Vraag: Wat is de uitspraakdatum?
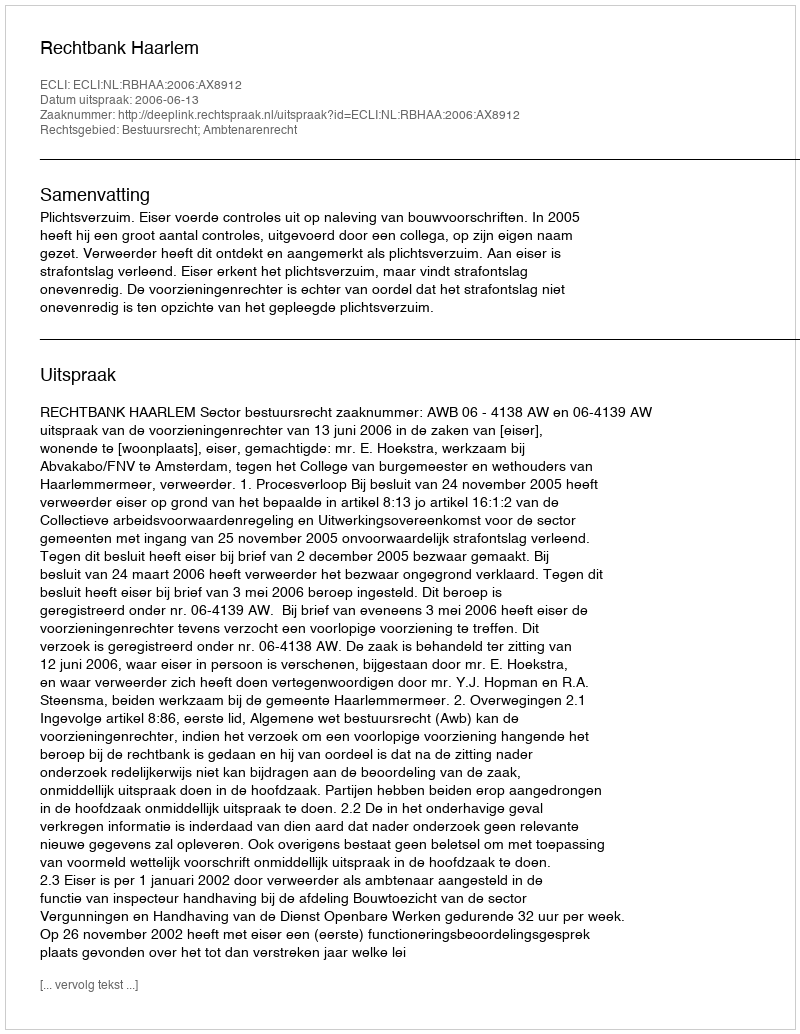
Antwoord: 2006-06-13